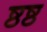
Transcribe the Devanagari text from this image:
ष्ठष्ठ